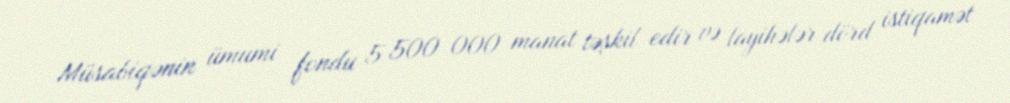
Müsabiqənin ümumi fondu 5 500 000 manat təşkil edir və layihələr dörd istiqamət